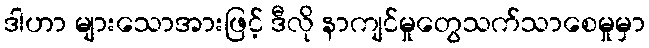
ဒါဟာ များသောအားဖြင့် ဒီလို နာကျင်မှုတွေသက်သာစေမှုမှာ